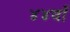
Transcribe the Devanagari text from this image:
४४वाँ